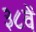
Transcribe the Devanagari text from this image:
३८वें